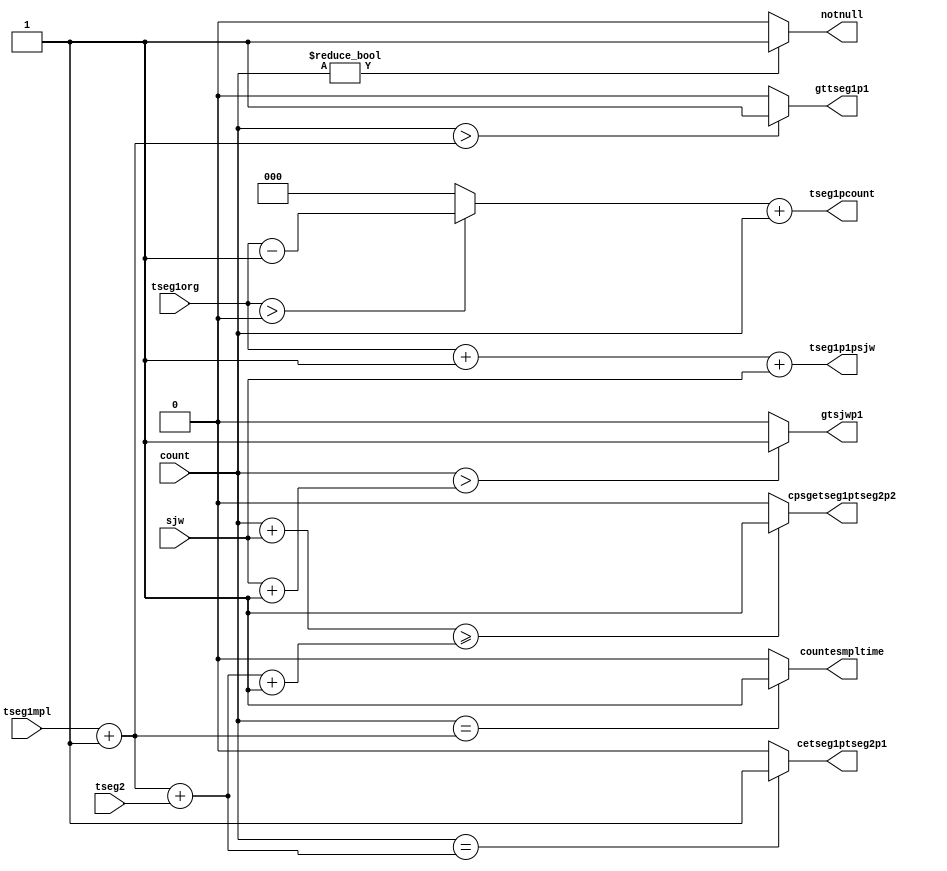
////////////////////////////////////////////////////////////////////////////////////////////////////
//
// Interessengruppe fuer Mikroelektronik und Eingebettete Systeme (IMES)
// Fachhochschule Dortmund
//
// Tool         : Mentor Graphics HDL Designer(TM) 2015.1b (Build 4)
// Description  : arithmetische Einheit fr die FSM
// Commentary   :  
//
// Changelog:
// -------------------------------------------------------------------------------------------------
// Version | Author             | Date       | Changes
// -------------------------------------------------------------------------------------------------
// 0.9     | Leduc              | 15.01.2019 | created
// -------------------------------------------------------------------------------------------------
//
////////////////////////////////////////////////////////////////////////////////////////////////////

//`resetall
//`timescale 1ns/10ps
//`default_nettype none

module sum2 (
 input wire [3:0] count,           // timecount
 input wire [2:0] tseg1org,        // 5(6) IOCPU, genreg.
 input wire [4:0] tseg1mpl,        // 5(6) tseg_reg
 input wire [2:0] tseg2,           // 4(5) IOCPU, genreg
 input wire [2:0] sjw,             // IOCPU, genreg
 output reg notnull,               // fsm
 output reg gtsjwp1,               // fsm
 output reg gttseg1p1,             // fsm
 output reg cpsgetseg1ptseg2p2,    // fsm 
 output reg cetseg1ptseg2p1,       // fsm
 output reg countesmpltime,        // fsm
 output reg [4:0] tseg1p1psjw,     // tseg_reg   
 output reg [4:0] tseg1pcount	     // tseg_reg            
 );	
 
 reg [2:0] tseg1m1;
 reg [4:0] tseg1p1mpl;
 reg [3:0] tseg1p1org;
 reg [3:0] sjwp1;
 reg [4:0] countpsjw;
 reg [4:0] tseg1ptseg2p1;
 reg [4:0] tseg1ptseg2p2;
 
///////////////////////////////////////////////////////////////////////////////
 always @(tseg1mpl) 
 begin
   tseg1p1mpl <= tseg1mpl + 1;
 end
 
////////////////////////////////////////////////////////////////////////////////
 always @(tseg1org) 
 begin
  tseg1p1org <= tseg1org+1;
 end
 
////////////////////////////////////////////////////////////////////////////////
 always @(tseg1org) 
 begin
  if (tseg1org > 0)
    tseg1m1 <= tseg1org-1;
  else
    tseg1m1 <= 0;   
 end
 
////////////////////////////////////////////////////////////////////////////////
 always @(sjw) 
 begin
  sjwp1 <= sjw + 1;
 end
 
////////////////////////////////////////////////////////////////////////////////
 always @(count, sjw) 
 begin
  countpsjw <= count+sjw;
 end
 
////////////////////////////////////////////////////////////////////////////////
 always @(tseg1p1mpl, tseg2) 
 begin
  tseg1ptseg2p1 <= tseg1p1mpl+{2'b00,tseg2};
 end
 
////////////////////////////////////////////////////////////////////////////////
 always @(tseg1ptseg2p1) 
 begin
  tseg1ptseg2p2 <= tseg1ptseg2p1+1;
 end
 
////////////////////////////////////////////////////////////////////////////////
 always @(tseg1m1, count) 
 begin
  tseg1pcount <= tseg1m1+count;
 end
 
////////////////////////////////////////////////////////////////////////////////
 always @(tseg1p1org, sjw) 
 begin
  tseg1p1psjw <= tseg1p1org+sjw;
 end
 
////////////////////////////////////////////////////////////////////////////////
 always @(count) 
 begin
  if (count != 0)		// Check in Simulation
    notnull <= 1'b1;
  else
    notnull <= 1'b0;
 end
 
////////////////////////////////////////////////////////////////////////////////
 always @(count, sjwp1) 
 begin
  if (count > sjwp1)
    gtsjwp1 <= 1'b1;
  else
    gtsjwp1 <= 1'b0;
 end
 
//////////////////////////////////////////////////////////////////////////////// 
 always @(count, tseg1p1mpl) 
 begin
  if ({1'b0,count} > tseg1p1mpl)
    gttseg1p1 <= 1'b1;
  else
    gttseg1p1 <= 1'b0;
 end
 
//////////////////////////////////////////////////////////////////////////////// 
 always @(countpsjw, tseg1ptseg2p2) 
 begin
   if (countpsjw >= tseg1ptseg2p2)
     cpsgetseg1ptseg2p2 <= 1'b1;
   else
     cpsgetseg1ptseg2p2 <= 1'b0;
 end
 
//////////////////////////////////////////////////////////////////////////////// 
 always @(count, tseg1ptseg2p1) 
 begin
  if ({1'b0,count} == tseg1ptseg2p1)
    cetseg1ptseg2p1 <= 1'b1;
  else
    cetseg1ptseg2p1 <= 1'b0;
 end
 
//////////////////////////////////////////////////////////////////////////////// 
 always @(count, tseg1p1mpl) 
 begin
  if ({1'b0,count} == tseg1p1mpl)
    countesmpltime <= 1'b1;
  else
    countesmpltime <= 1'b0;
 end
endmodule